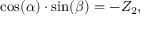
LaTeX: \cos ( \alpha ) \cdot \sin ( \beta ) = - Z _ { 2 } ,